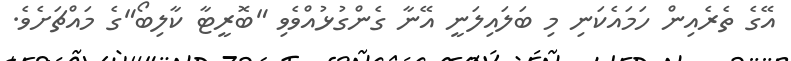
އޭގެ ތެރެއިން ހަމައެކަނި މި ބަލައިލަނީ އޭނާ ގެންގުޅުއްވެވި "ބޮރީޓާ ކާލިބޯ"ގެ މައްޗަށެވެ.